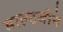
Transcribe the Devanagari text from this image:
माल्टबीने